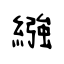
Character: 繈